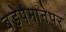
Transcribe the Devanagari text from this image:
बड़ेपैमानेपर